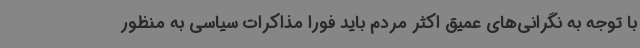
با توجه به نگرانی‌های عمیق اکثر مردم باید فورا مذاکرات سیاسی به منظور